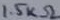
Text: 1.5kΩ